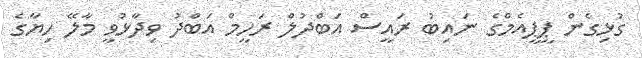
ގުޅިގެން ޕީޕީއެމްގެ ނައިބު ރައީސް އަބްދުލް ރަހީމް އަބްދު ވިދާޅުވީ މާލޭ ހިޔާގެ